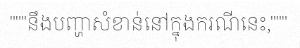
"""នឹងបញ្ហាសំខាន់នៅក្នុងករណីនេះ,"""